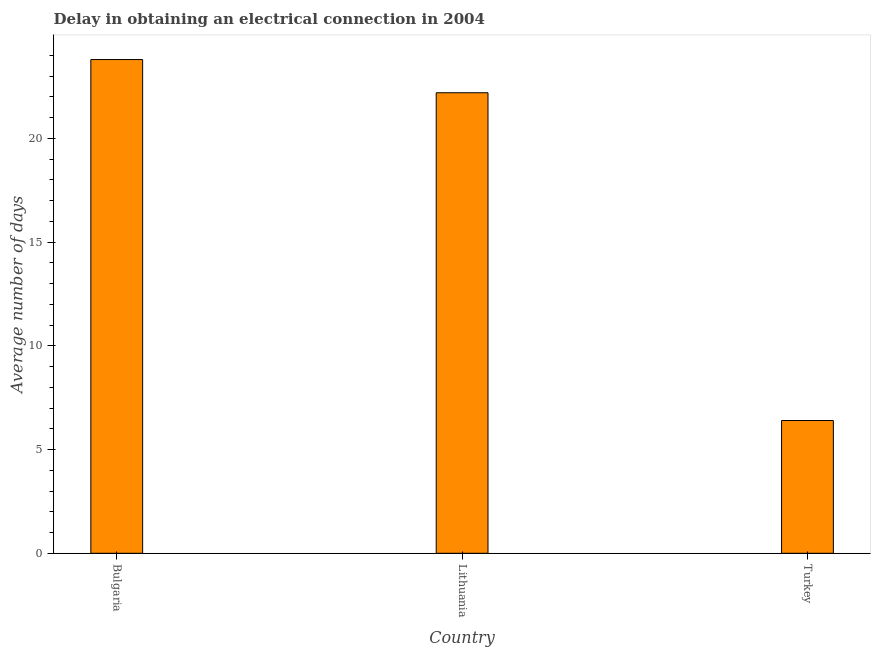
| Country | Dalay in Electrical connection |
 | --- | --- |
 | Bulgaria | 23.8 |
 | Lithuania | 22.2 |
 | Turkey | 6.4 |